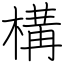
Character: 構